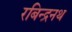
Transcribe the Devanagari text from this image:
रबिन्द्रनथ